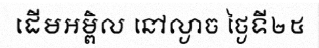
ដើមអម្ពិល នៅល្ងាច ថ្ងៃទី២៥